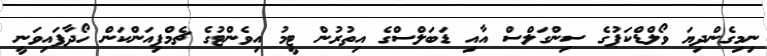
ނިމިގެންދިޔަ ވޯލްޑްކަޕުގެ ސިންގަލްސް އާއި ޑަބަލްސްގެ އިތުރުން ޓީމު އިވެންޓުގެ ޗެމްޕިއަންކަން ހޯދާފައިވަނީ